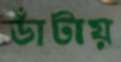
ডাঁটায়